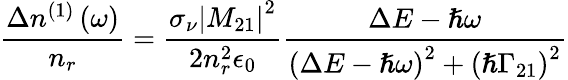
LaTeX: \frac{\Delta n^{(1)}\left(\omega\right)}{n_{r}}=\frac{\sigma_{\nu}\left\vert M_{21}\right\vert^{2}}{2n_{r}^{2}\epsilon_{0}}\frac{\Delta E-\hslash\omega}{\left(\Delta E-\hslash\omega\right)^{2}+\left(\hslash\Gamma_{21}\right)^{2}}